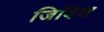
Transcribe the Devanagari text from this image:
जिविश